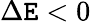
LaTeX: \Delta\mathtt{E}<0